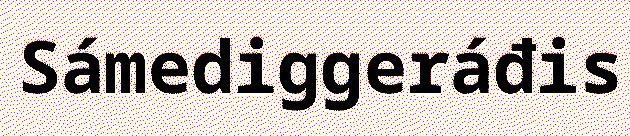
Sámediggeráđis